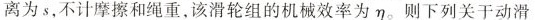
离为s，不计摩擦和绳重，该滑轮组的机械效率为η。则下列关于动滑